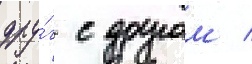
дру́г с другом /